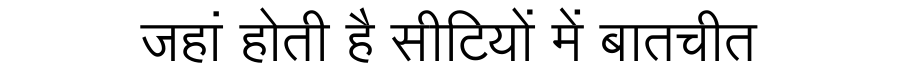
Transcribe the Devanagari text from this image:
जहां होती है सीटियों में बातचीत